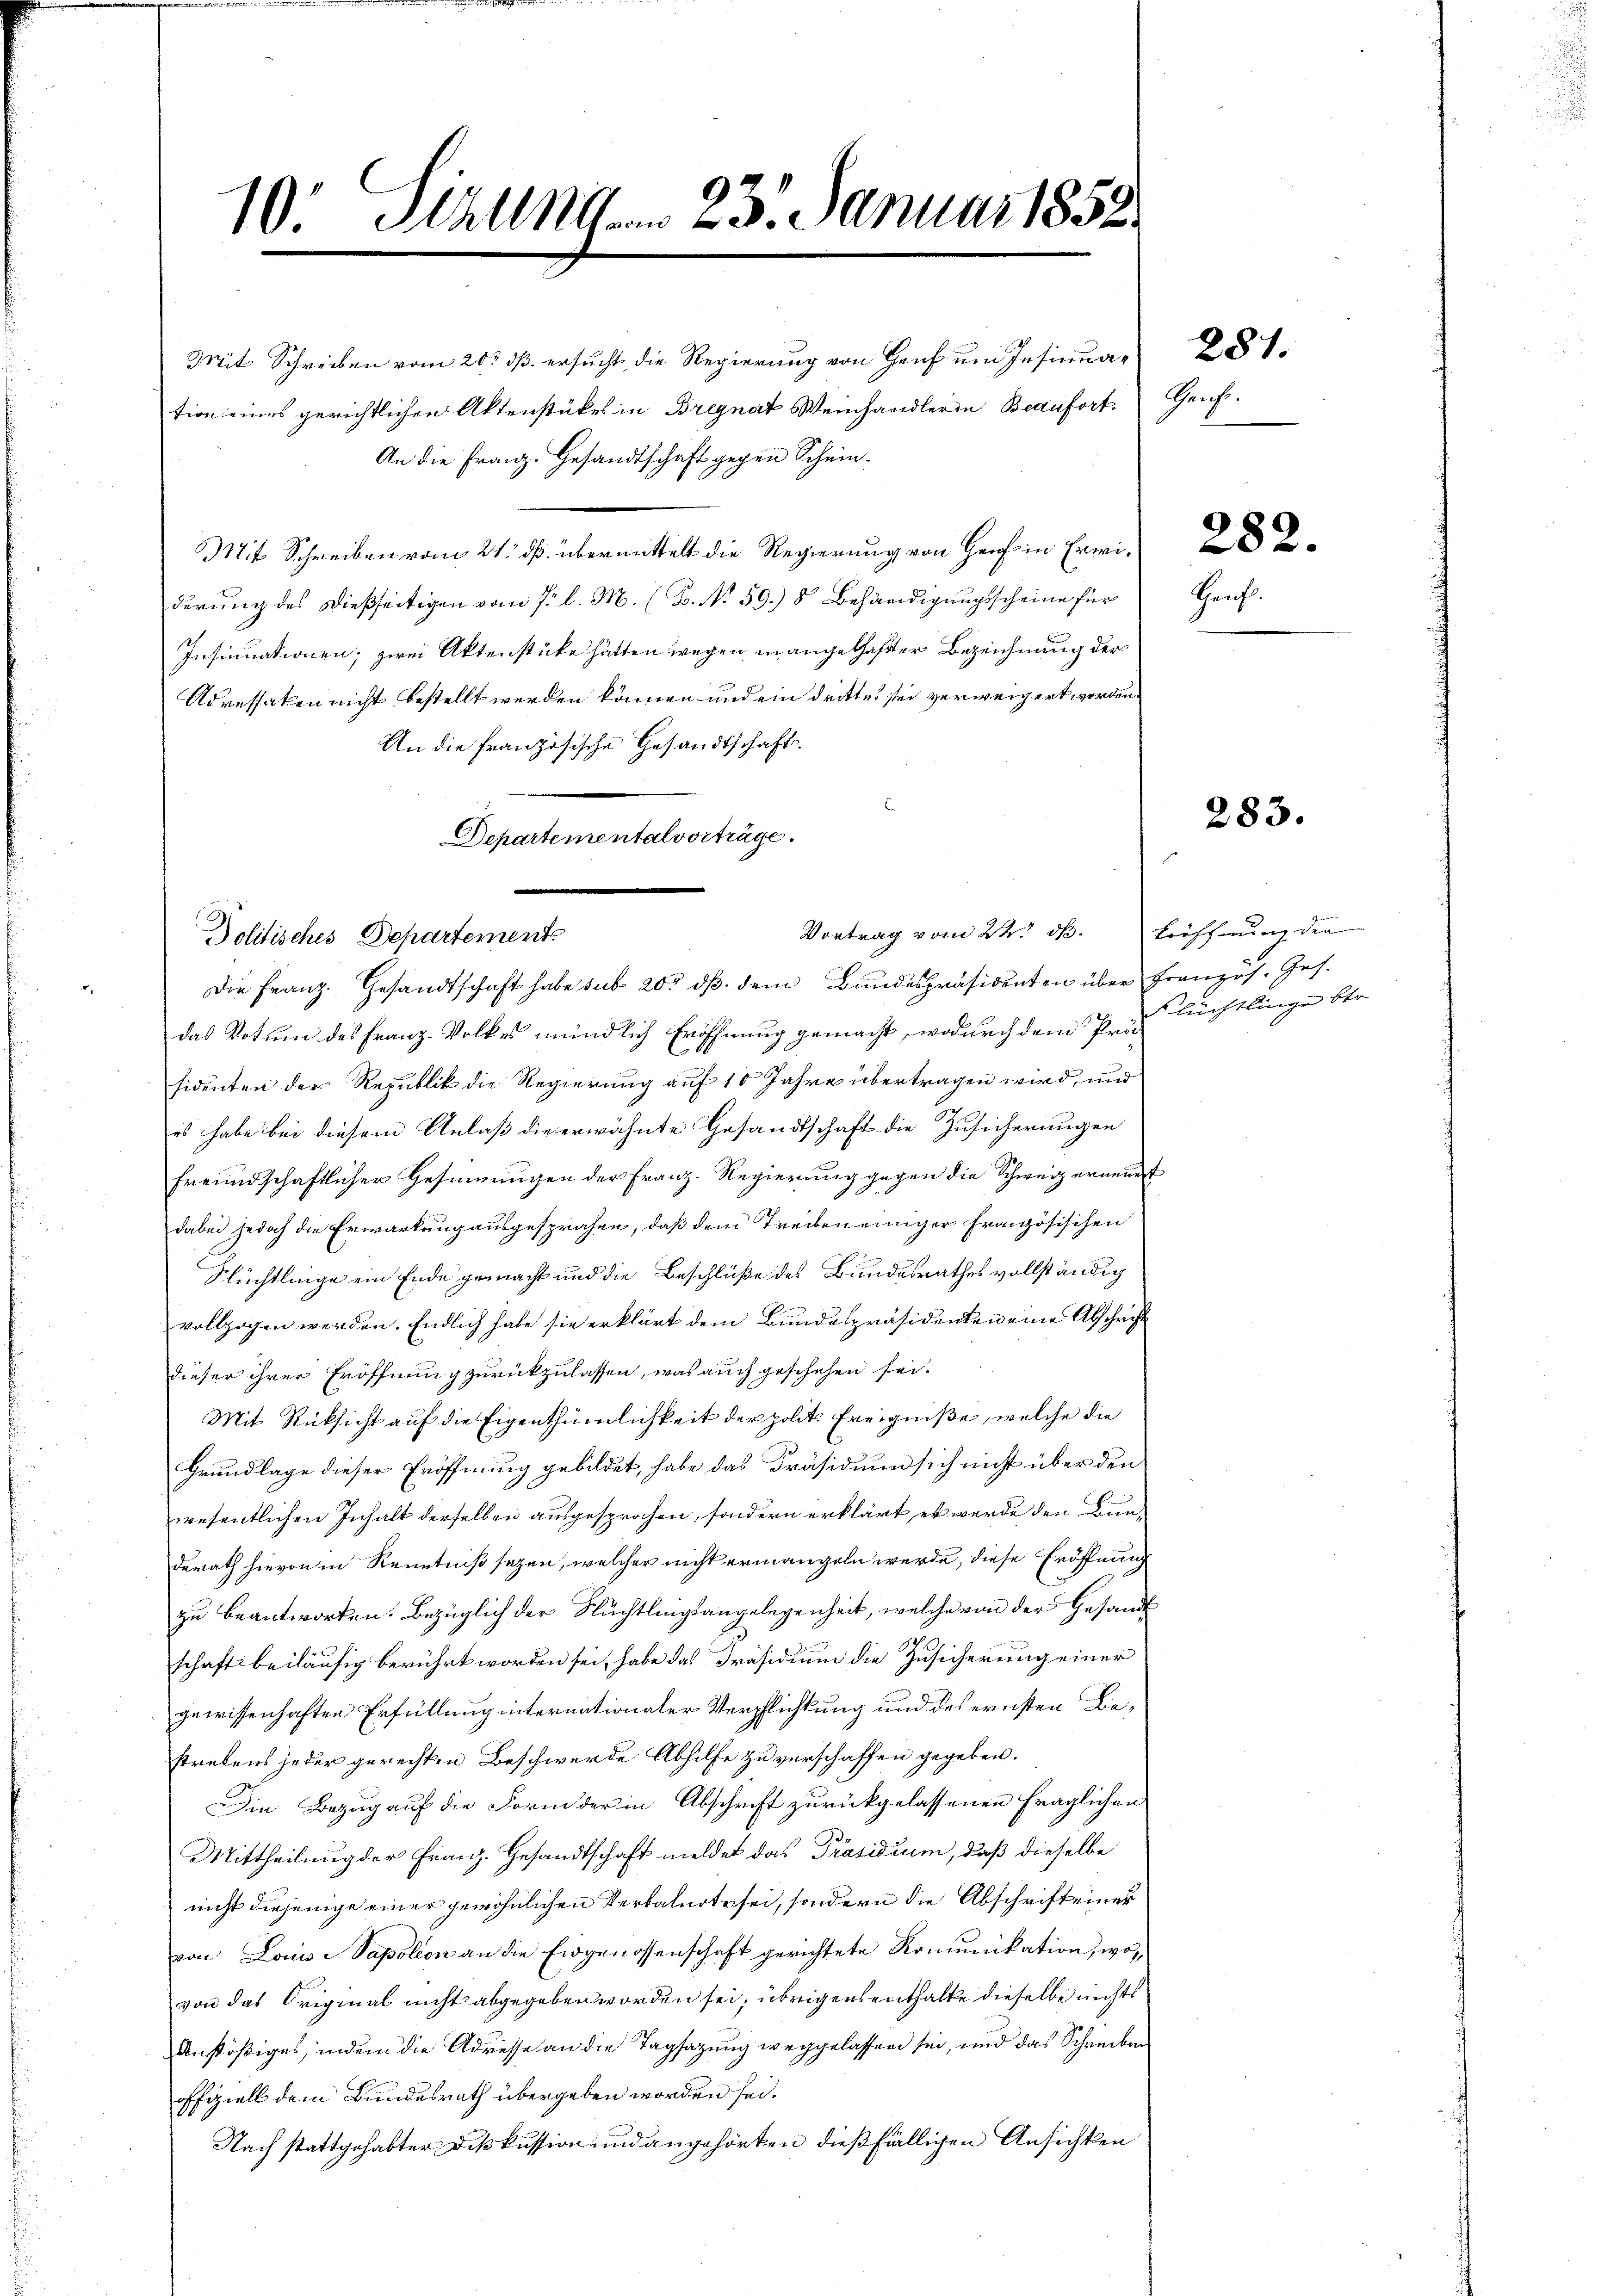
10. Sizung. 23. Januar 1858.

Mit Schreiben vom 21. ds. übermittelt die Regierung von Genf in Erwiderung des dießseitigen vom 7. l. M. (B. No 59.) 8 Behändigungsscheine für
Insinuationen; zwei Aktenstüke hätten wegen mangelhafter Bezeichnung der
Adressaken nicht bestellt werden können und ein drittes sei verweigert worden.
An die Französische Gesandtschaft
Departementalvorträge.

Mit Schrecht 28.
tion eines gerichtlichen Aktenstückes in Brignat Weinhandler in Beaufort Genf.
An die Franz. Gesandtschaft gegen Schein¬

Politisches Departement

Die Franz. Gesandtschaft habe sub 20. dβ dem Bundespräsidenten über Französ. Ges.
das Votum des Franz-Volkes mündlich Eröffnung gemacht, wodurch dem Prosidenten der Republik die Regierung auf 10 Jahre übertragen wird, und
es habe bei diesem Anlaß die erwähnte Gesandtschaft die Zusicherungen
freundschaftlicher Gesinnungen der Franz. Regierung gegen die Schweiz ernennt
dabei jedoch die Erwartung ausgesprochen, daß dem Treiben einiger Französischen
Schüchtlinge ein Ende gemacht und die Beschlüße des Bundesrathes vollständig
vollzogen werden. Endlich habe sie erklärt dem Bundespräsidenten eine Abschrift
dieser ihrer Eröffnung zurückzulassen, was auch geschehen sei.
Mit Rücksicht auf die Eigenthümlichkeit der polit. Ereigniße, welche die
Grundlage dieser Eröffnung gebildet, habe das Präsidium sich nicht über den
wesentlichen Inhalt derselben ausgesprochen, sondern erklärt, es werde den Bunderath hievon in Kenntniß sezen, welcher nicht ermangeln werde, diese Eröffnung
zu beantworten. Bezüglich der Flüchtlingsangelegenheit, welche von der Gesandt
schaft beiläufig berührt worden sei, habe das Präsidium die Zusicherung einer
gewissenhaften Erfüllung internationaler Verpflichtung und des ernsten Bestrebens jeder gerechten Beschwerde Abhilfe zu verschaffen gegeben.
Die Bezug auf die Form der in Abschrift zurückgelassenen fraglichen
Mittheilung der Franz. Gesandtschaft meldet das Präsidium, daß dieselbe
nicht diejenige einer gewöhnlichen Verbalnote sei, sondern die Abschrift einer
von Louise Sapolion an die Eidgenossenschaft gerichtete Komunikation, wovon das Original nicht abgegeben worden sei, übrigens enthalte dieselbe nichts
Anstößiges, indem die Adresse an die Tagsazung weggelassen sei, und das Schreiben
offiziell dem Bundesrath übergeben worden sei.
Nach stattgehabter Diskussion und angehörten dießfälligen Ansichten

Vortrag vom 22. ds. Lieffnung der

282.
Herf

283.

Sleichtlinge ber |